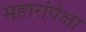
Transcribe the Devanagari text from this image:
महारांपेक्षा